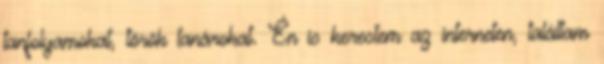
tanfolyamokat, török tanárokat. Én is kerestem az interneten, találtam